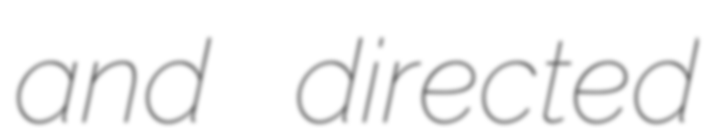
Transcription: and directed